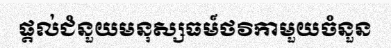
ផ្តល់ជំនួយមនុស្សធម៍ថវិកាមួយចំនួន